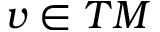
v \in T M